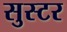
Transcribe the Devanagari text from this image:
सुस्टर